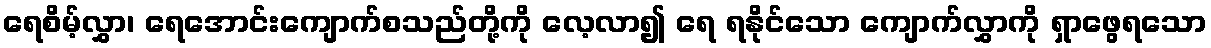
ရေစိမ့်လွှာ၊ ရေအောင်းကျောက်စသည်တို့ကို လေ့လာ၍ ရေ ရနိုင်သော ကျောက်လွှာကို ရှာဖွေရသော